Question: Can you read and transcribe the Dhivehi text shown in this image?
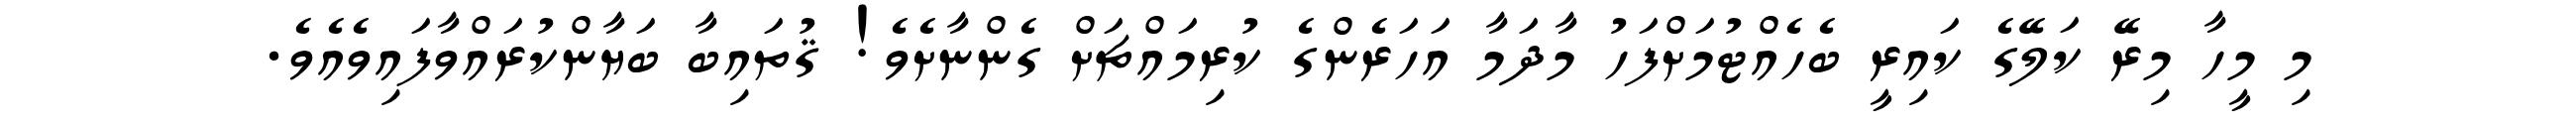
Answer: މި މީހާ މިރޭ ކަލޭގެ ކައިރީ ބެހެއްޓުމަށްފަހު މާދަމާ އަހަރެންގެ ކުރިމައްޗަށް ގެންނާށެވެ! ޤުތައިބާ ބަޔާންކުރައްވާފައިވެއެވެ.